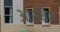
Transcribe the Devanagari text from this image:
आरथिक